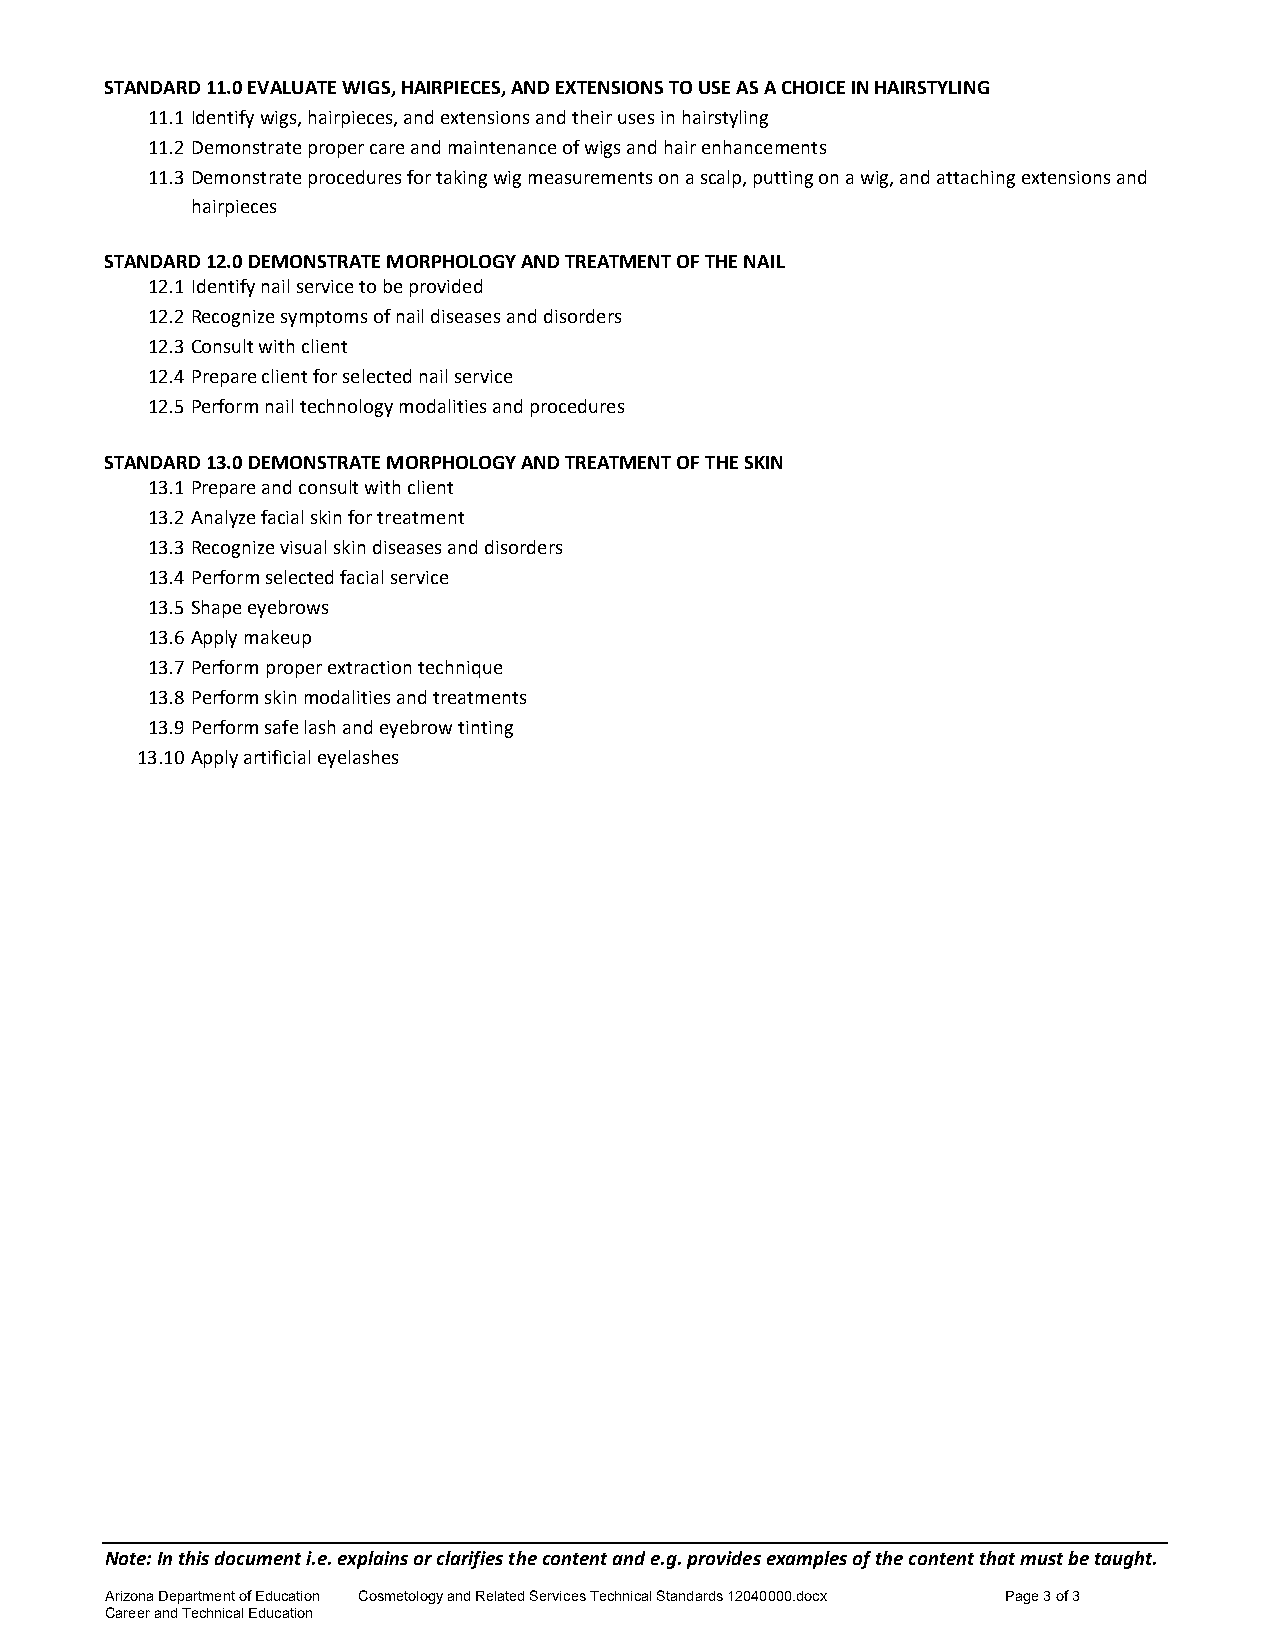
STANDARD 11.0 EVALUATE WIGS, HAIRPIECES, AND EXTENSIONS TO USE AS A CHOICE IN HAIRSTYLING
 11.1 Identify wigs, hairpieces, and extensions and their uses in hairstyling
 11.2 Demonstrate proper care and maintenance of wigs and hair enhancements
 11.3 Demonstrate procedures for taking wig measurements on a scalp, putting on a wig, and attaching extensions and
 hairpieces
 STANDARD 12.0 DEMONSTRATE MORPHOLOGY AND TREATMENT OF THE NAIL
 12.1 Identify nail service to be provided
 12.2 Recognize symptoms of nail diseases and disorders
 12.3 Consult with client
 12.4 Prepare client for selected nail service
 12.5 Perform nail technology modalities and procedures
 STANDARD 13.0 DEMONSTRATE MORPHOLOGY AND TREATMENT OF THE SKIN
 13.1 Prepare and consult with client
 13.2 Analyze facial skin for treatment
 13.3 Recognize visual skin diseases and disorders
 13.4 Perform selected facial service
 13.5 Shape eyebrows
 13.6 Apply makeup
 13.7 Perform proper extraction technique
 13.8 Perform skin modalities and treatments
 13.9 Perform safe lash and eyebrow tinting
 13.10 Apply artificial eyelashes
 Note: In this document i.e. explains or clarifies the content and e.g. provides examples of the content that must be taught.
 Arizona Department of Education Cosmetology and Related Services Technical Standards 12040000.docx Page 3 of 3
 Career and Technical Education